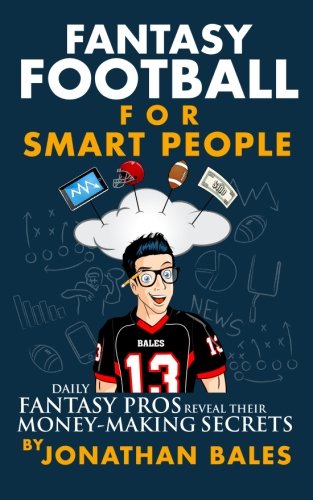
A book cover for Fantasy Football for Smart People: Daily Fantasy Pros Reveal Their Money-Making Secrets; Jonathan Bales; Sports & Outdoors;